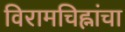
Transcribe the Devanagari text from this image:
विरामचिह्नांचा